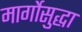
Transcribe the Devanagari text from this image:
मार्गोसुद्धा